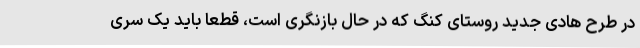
در طرح هادی جدید روستای کنگ که در حال بازنگری است، قطعا باید یک سری